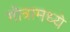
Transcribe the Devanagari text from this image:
गोत्रामध्ये